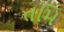
તમિ